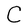
Character: C